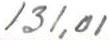
131,01